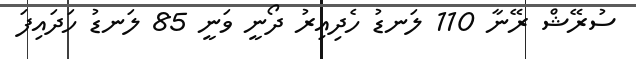
ސުރޭޝް ރޭނާ 110 ލަނޑު ހެދިއިރު ދޯނީ ވަނީ 85 ލަނޑު ހަދައިފަ